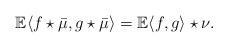
LaTeX: \begin{align*} \mathbb E \langle f\star\bar{\mu},g\star\bar{\mu}\rangle= \mathbb E \langle f, g\rangle \star \nu. \end{align*}